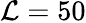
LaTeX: \mathcal{L}=50